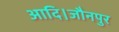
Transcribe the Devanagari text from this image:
आदि।जौनपुर